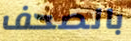
بالصحف